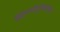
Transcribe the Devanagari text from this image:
बुद्धपौर्णिमेच्या